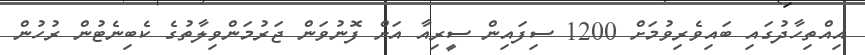
އިއްތިހާދުގައި ބައިވެރިވުމަށް 1200 ސިފައިން ސީރިއާ އަށް ފޮނުވަން ޖަރުމަންވިލާތުގެ ކެބިނެޓުން ރުހުން